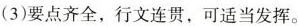
(3)要点齐全，行文连贯，可适当发挥。